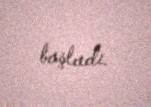
başladı.